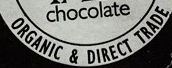
ORGANIC & DIRECT TRADE